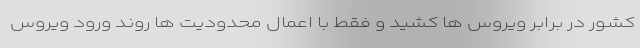
کشور در برابر ویروس ها کشید و فقط با اعمال محدودیت ها روند ورود ویروس